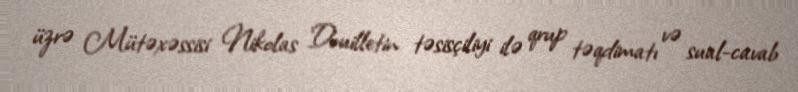
üzrə Mütəxəssisi Nikolas Douilletin təsisçiliyi ilə qrup təqdimatı və sual-cavab